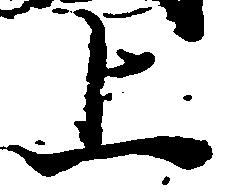
上